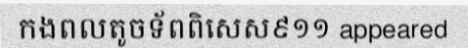
កងពលតូចទ័ពពិសេស៩១១ appeared